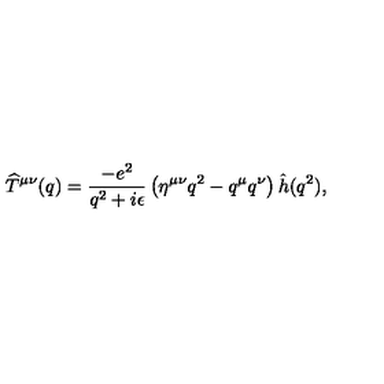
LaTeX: \widehat T ^ { \mu \nu } ( q ) = { \frac { - e ^ { 2 } } { q ^ { 2 } + i \epsilon } } \left( \eta ^ { \mu \nu } q ^ { 2 } - q ^ { \mu } q ^ { \nu } \right) \hat { h } ( q ^ { 2 } ) ,